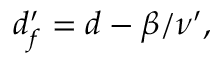
\begin{array} { r } { d _ { f } ^ { \prime } = d - \beta / \nu ^ { \prime } , } \end{array}